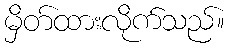
မှိတ်ထားလိုက်သည်။